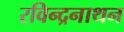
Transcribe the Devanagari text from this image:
रविन्द्रनाथन